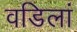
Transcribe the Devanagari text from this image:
वडिलां